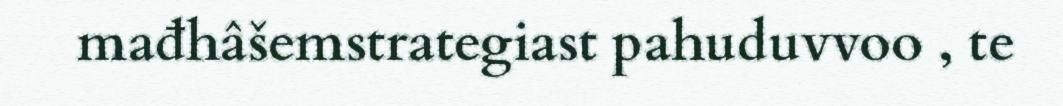
mađhâšemstrategiast pahuduvvoo , te